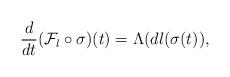
LaTeX: \begin{align*}\frac{d}{dt} (\mathcal{F}_l \circ\sigma)(t)= \Lambda (dl(\sigma(t)),\end{align*}